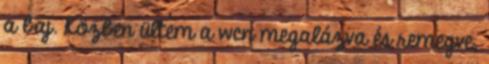
a baj. Közben ültem a wcn megalázva és remegve,